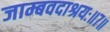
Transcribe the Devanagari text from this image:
जाम्बवदाश्रयः॥७॥